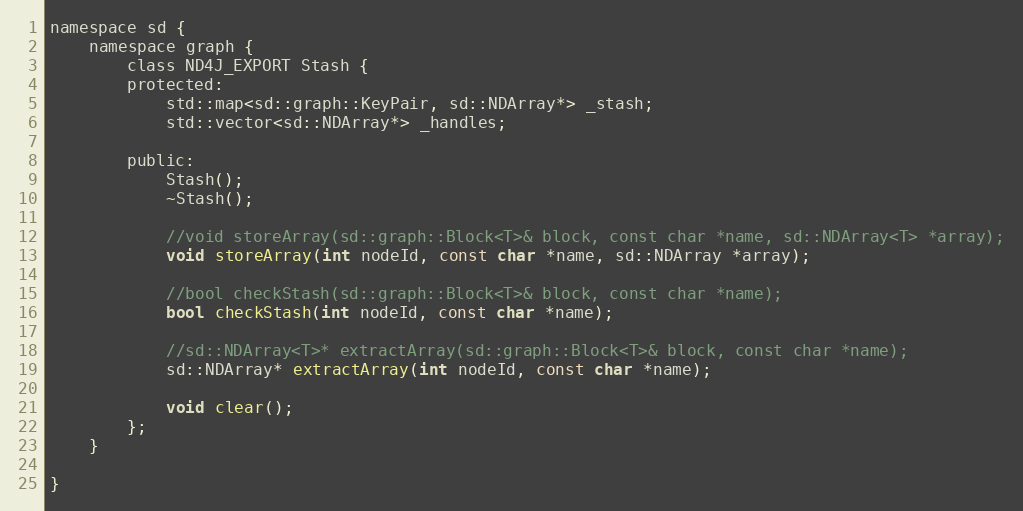
Language: C
namespace sd {
    namespace graph {
        class ND4J_EXPORT Stash {
        protected:
            std::map<sd::graph::KeyPair, sd::NDArray*> _stash;
            std::vector<sd::NDArray*> _handles;

        public:
            Stash();
            ~Stash();

            //void storeArray(sd::graph::Block<T>& block, const char *name, sd::NDArray<T> *array);
            void storeArray(int nodeId, const char *name, sd::NDArray *array);

            //bool checkStash(sd::graph::Block<T>& block, const char *name);
            bool checkStash(int nodeId, const char *name);

            //sd::NDArray<T>* extractArray(sd::graph::Block<T>& block, const char *name);
            sd::NDArray* extractArray(int nodeId, const char *name);

            void clear();
        };
    }

}